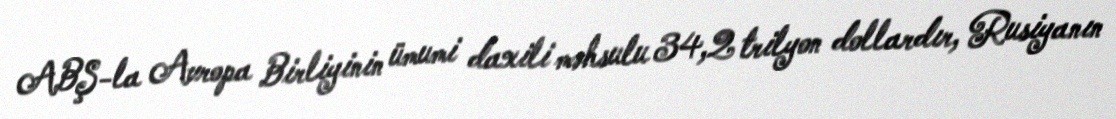
ABŞ-la Avropa Birliyinin ümumi daxili məhsulu 34,2 trilyon dollardır, Rusiyanın